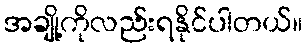
အချို့ကိုလည်းရနိုင်ပါတယ်။